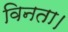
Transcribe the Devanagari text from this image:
विनता।